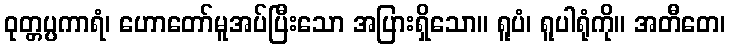
ဝုတ္တပ္ပကာရံ၊ ဟောတော်မူအပ်ပြီးသော အပြားရှိသော။ ရူပံ၊ ရူပါရုံကို။ အတီတေ၊